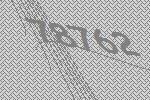
78762